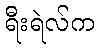
ရီးရဲလ်က